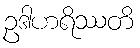
ဥဒါဟရိဿတိ